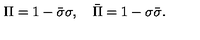
\Pi = 1 - \bar { \sigma } \sigma , \quad \bar { \Pi } = 1 - \sigma \bar { \sigma } .